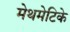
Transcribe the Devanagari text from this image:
मेथमेटिके